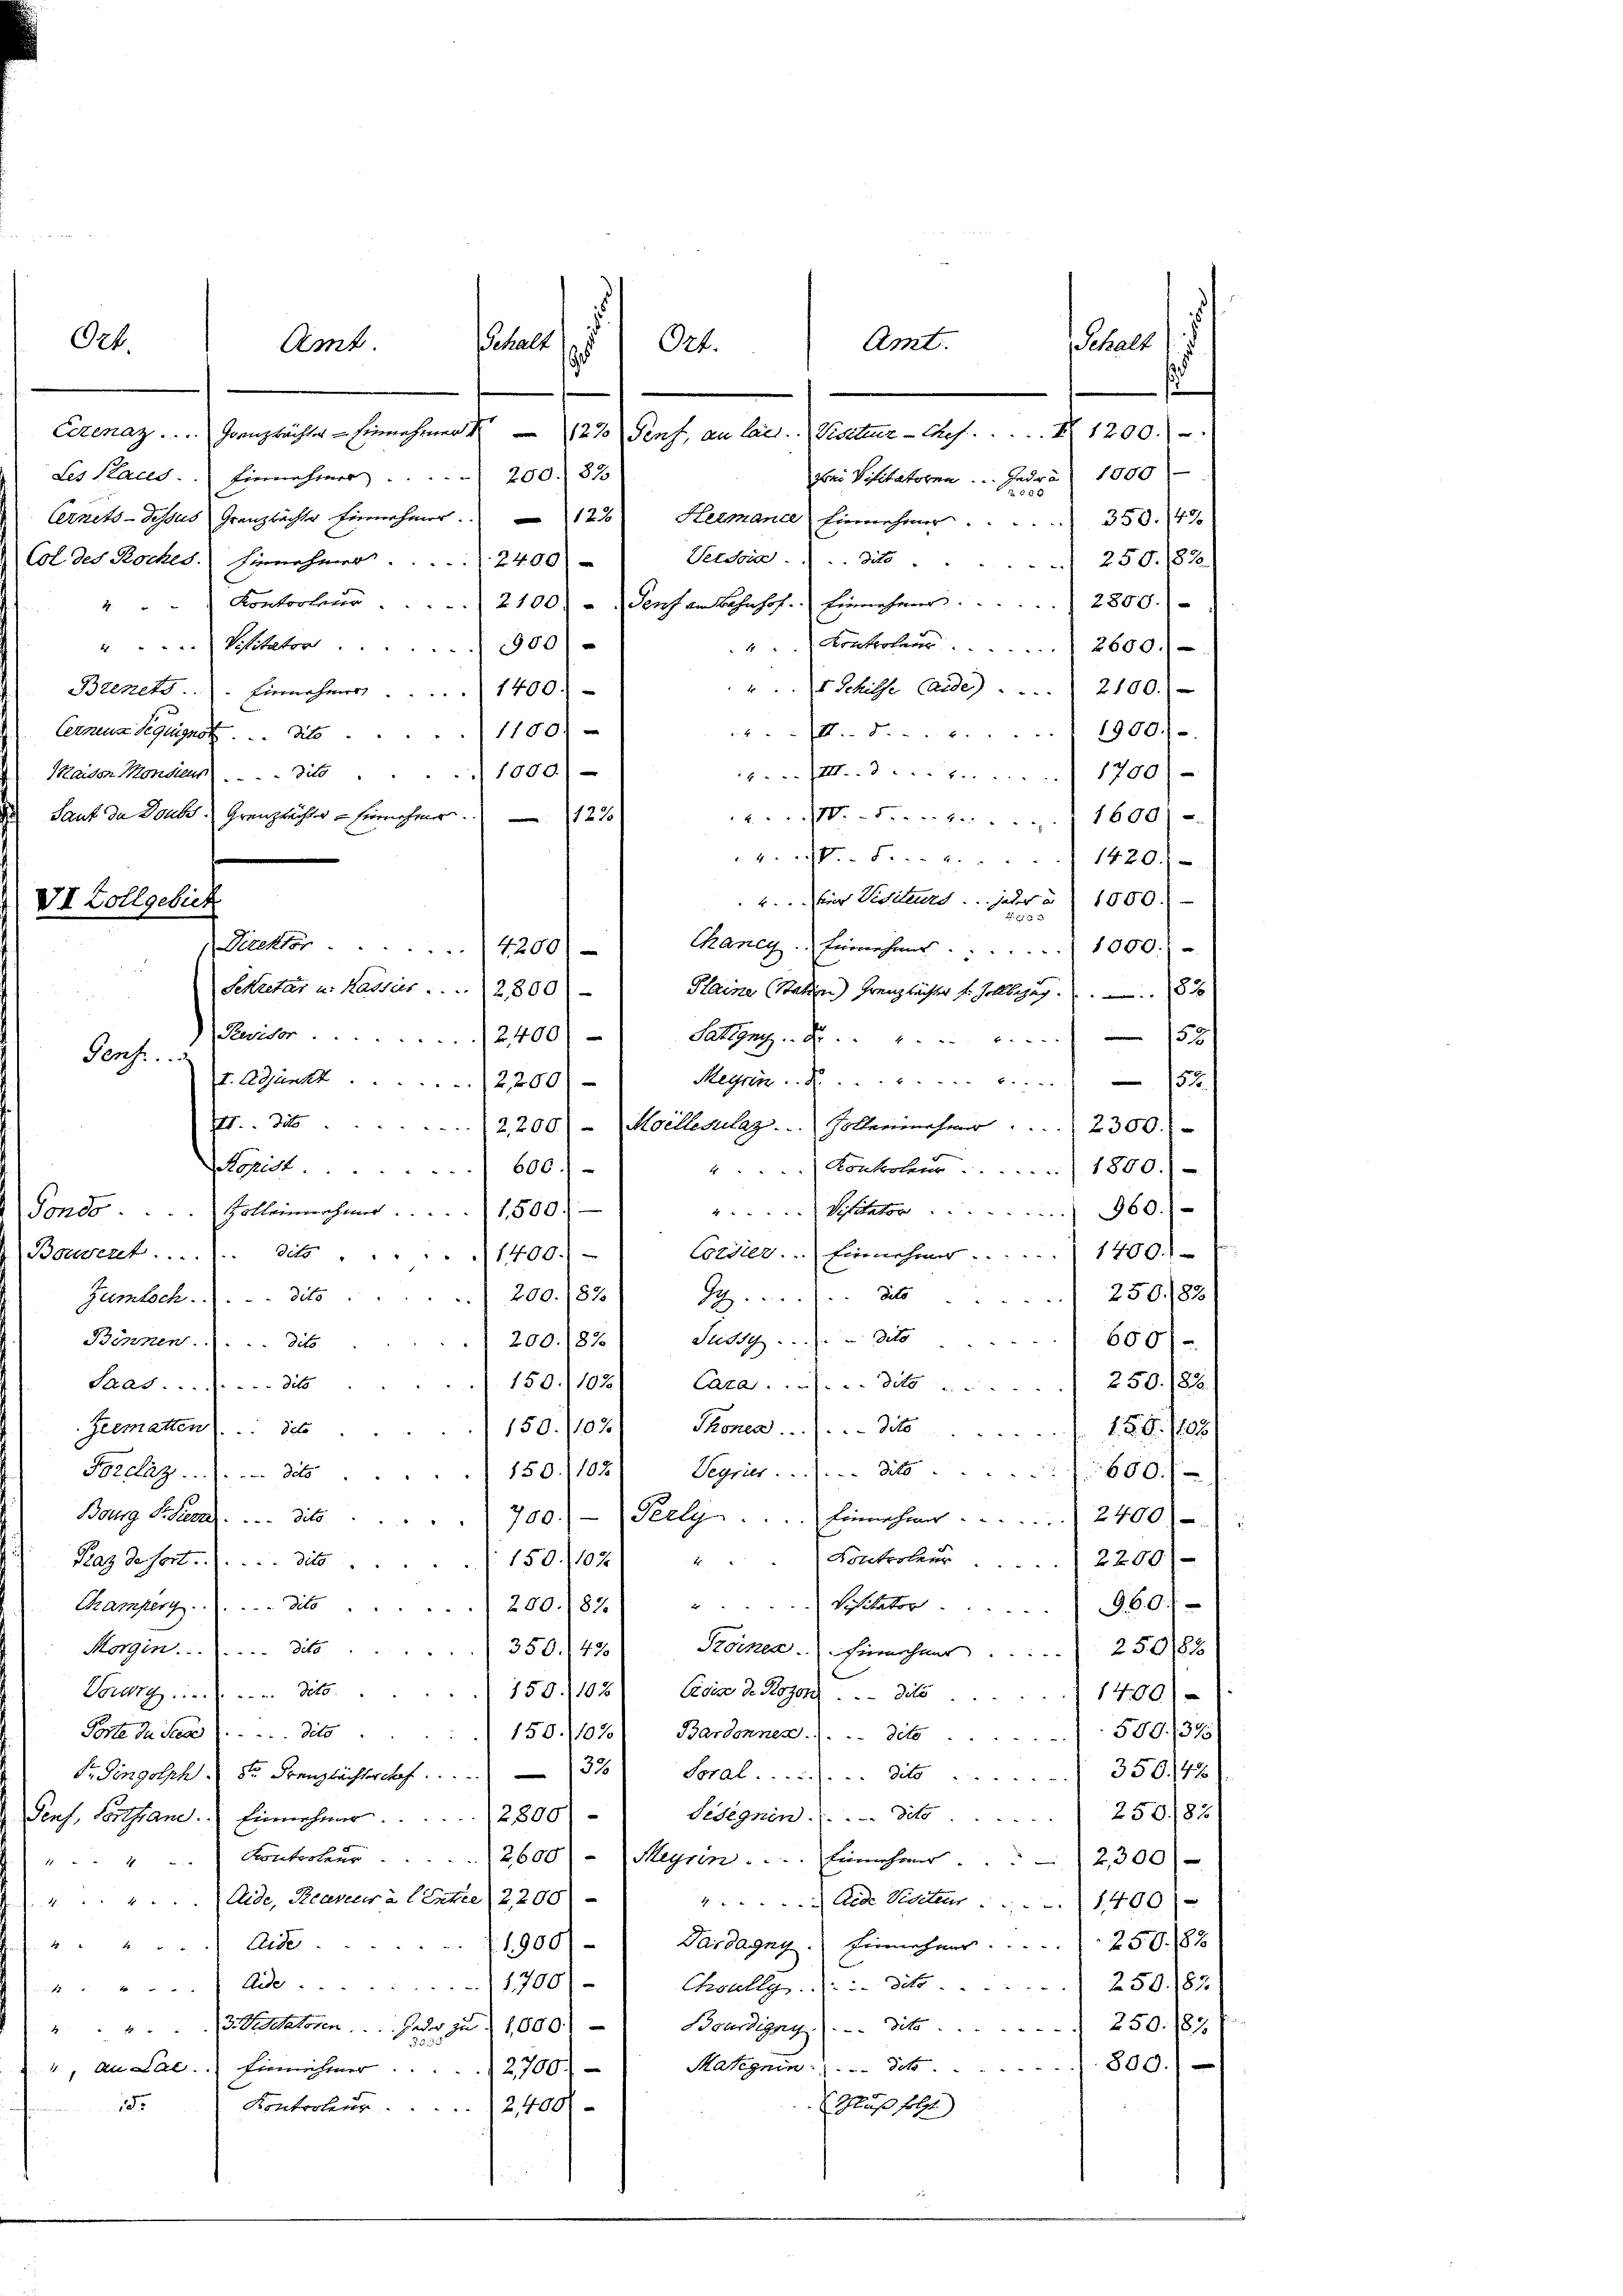
e

Amt

VI Zollgebiet

Ort.

ehalt
Amt.
ehalt
Ort.
Cumaz . . . . englichen Erinnehmen d. 122. Nach, an betr. Vieler. Auch d. 1200.

Les Kaus. Einnehmer . . . . . . 200. 810
Cernets - dessus Granztächter Einnehmer. 123 Hermane Einnehmer . . . 350. 40
H. des Roches. Einnehmer . . . . . . 2400 -
" Kontroleur  ..  ..  .. ... 2100) u. Senf an Bahnhof. Einnehmer . . . . . . . . . 2800.)
Visitator 300
Bienet. . . Einnehmer . . . . 1400)
Cerneus Beguignor. No 1150)
Maidon Mondern . . . . dite 1000.) -
Laut de Doubs Grenztächter hiernehmer. 1270
4.P.. .. . . . . . . 1420.
2. für Visiteurs jeder u. 1000.-
Chang. Einnehmes . . 1000. u
Direktor. 4200)
Sekretär u. Kassis . . . 2800   Haine (Station) Franz rechter sr. Zollbezug. 1
Seeckter 2400) - Sahling. . . . . . 53
Genf
Meyrin 51.
I. Adjunkt 2,200.
.. 2,200) - Moellevulag. Sollennehmer . . . 2300.
opist 600.)
Kontroler 1800.)
 Visitator 360.
Fond  ..  ..  ..  ..  Kolleinnehmer 1500.
Colster.   Einnehmer ...... 1400.
Bouvent . . . dits 1400.-
dito
250/82
.
Zumtsch . . . . dit 200. 187
Susky . . . dito
Binnen. . . . dito
600/
200/82
250. 1880.
150. 102) Cara . . . . . . die
Saat dits
Zeematten. Octo
150. 1021 Thonen . . . . . dito
258. 1785/
Vegries  ..  ..  ..  Mit 600.
Forclaz . . . . . . . . . . . . dato
150. 1102.
700.) - Peely.  ..  ..   Einnahme . . . . . . . 2400 f
Bourg S. Seen . . . . dito.
Kontroleur  2200 f
Raz desfort . . . . . dito
 150. 1021 2
Manter . . . . . . die 200./82). Visitator ... 960.-
Morgen . . . . . . . . . . dit 350. 42.
Trainen. Hiernachmer               25082
 . . . . . . . . . . . . .  Mit 150. 102) Cois d. Rogon . . dite 1400).
Porte du Seele  .. . . . . . . . . dito
150. 1102) Bardonnen. (. . . deto . . . . 500/395)
Dr. Singolph St. Franzbachterchof 31 Soral.  .. .. . . . dito. 350142
Sesegnen. . . . dato 25083)
2800
euf, Vorthan. Einnehmer.
Kontroleur. 2600-Meyrin .... Einnehmer . . . 2300
Aide, Reiner à Centre 2,200)
Aede Vierteur 1400 f
Paragny. Einnahme                                   250. 188
4 " " " " Bede
1900/
Choally, die 250. 1871:
 "Ade 1700).
Vedttatoren. Nun zu 1000.-) Bourdigny (Tit. 250. 187.
Makynin . . . . dit 800.
, an Jac. Einnehmer . . . . . 2700.
18.
Kontroleur 2,400)
Schluß folg

s
bei Visitatoren. Jeden 1000
Verdon ...dito.
 250. 183
Kontroler 2600
1 Schisse Carde . . . . 2100.
 1900.
.d. 1700
.I. Frz. 1600